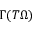
\Gamma ( T \Omega )